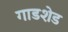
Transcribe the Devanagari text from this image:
गाडशेड